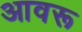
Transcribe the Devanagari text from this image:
आवरू